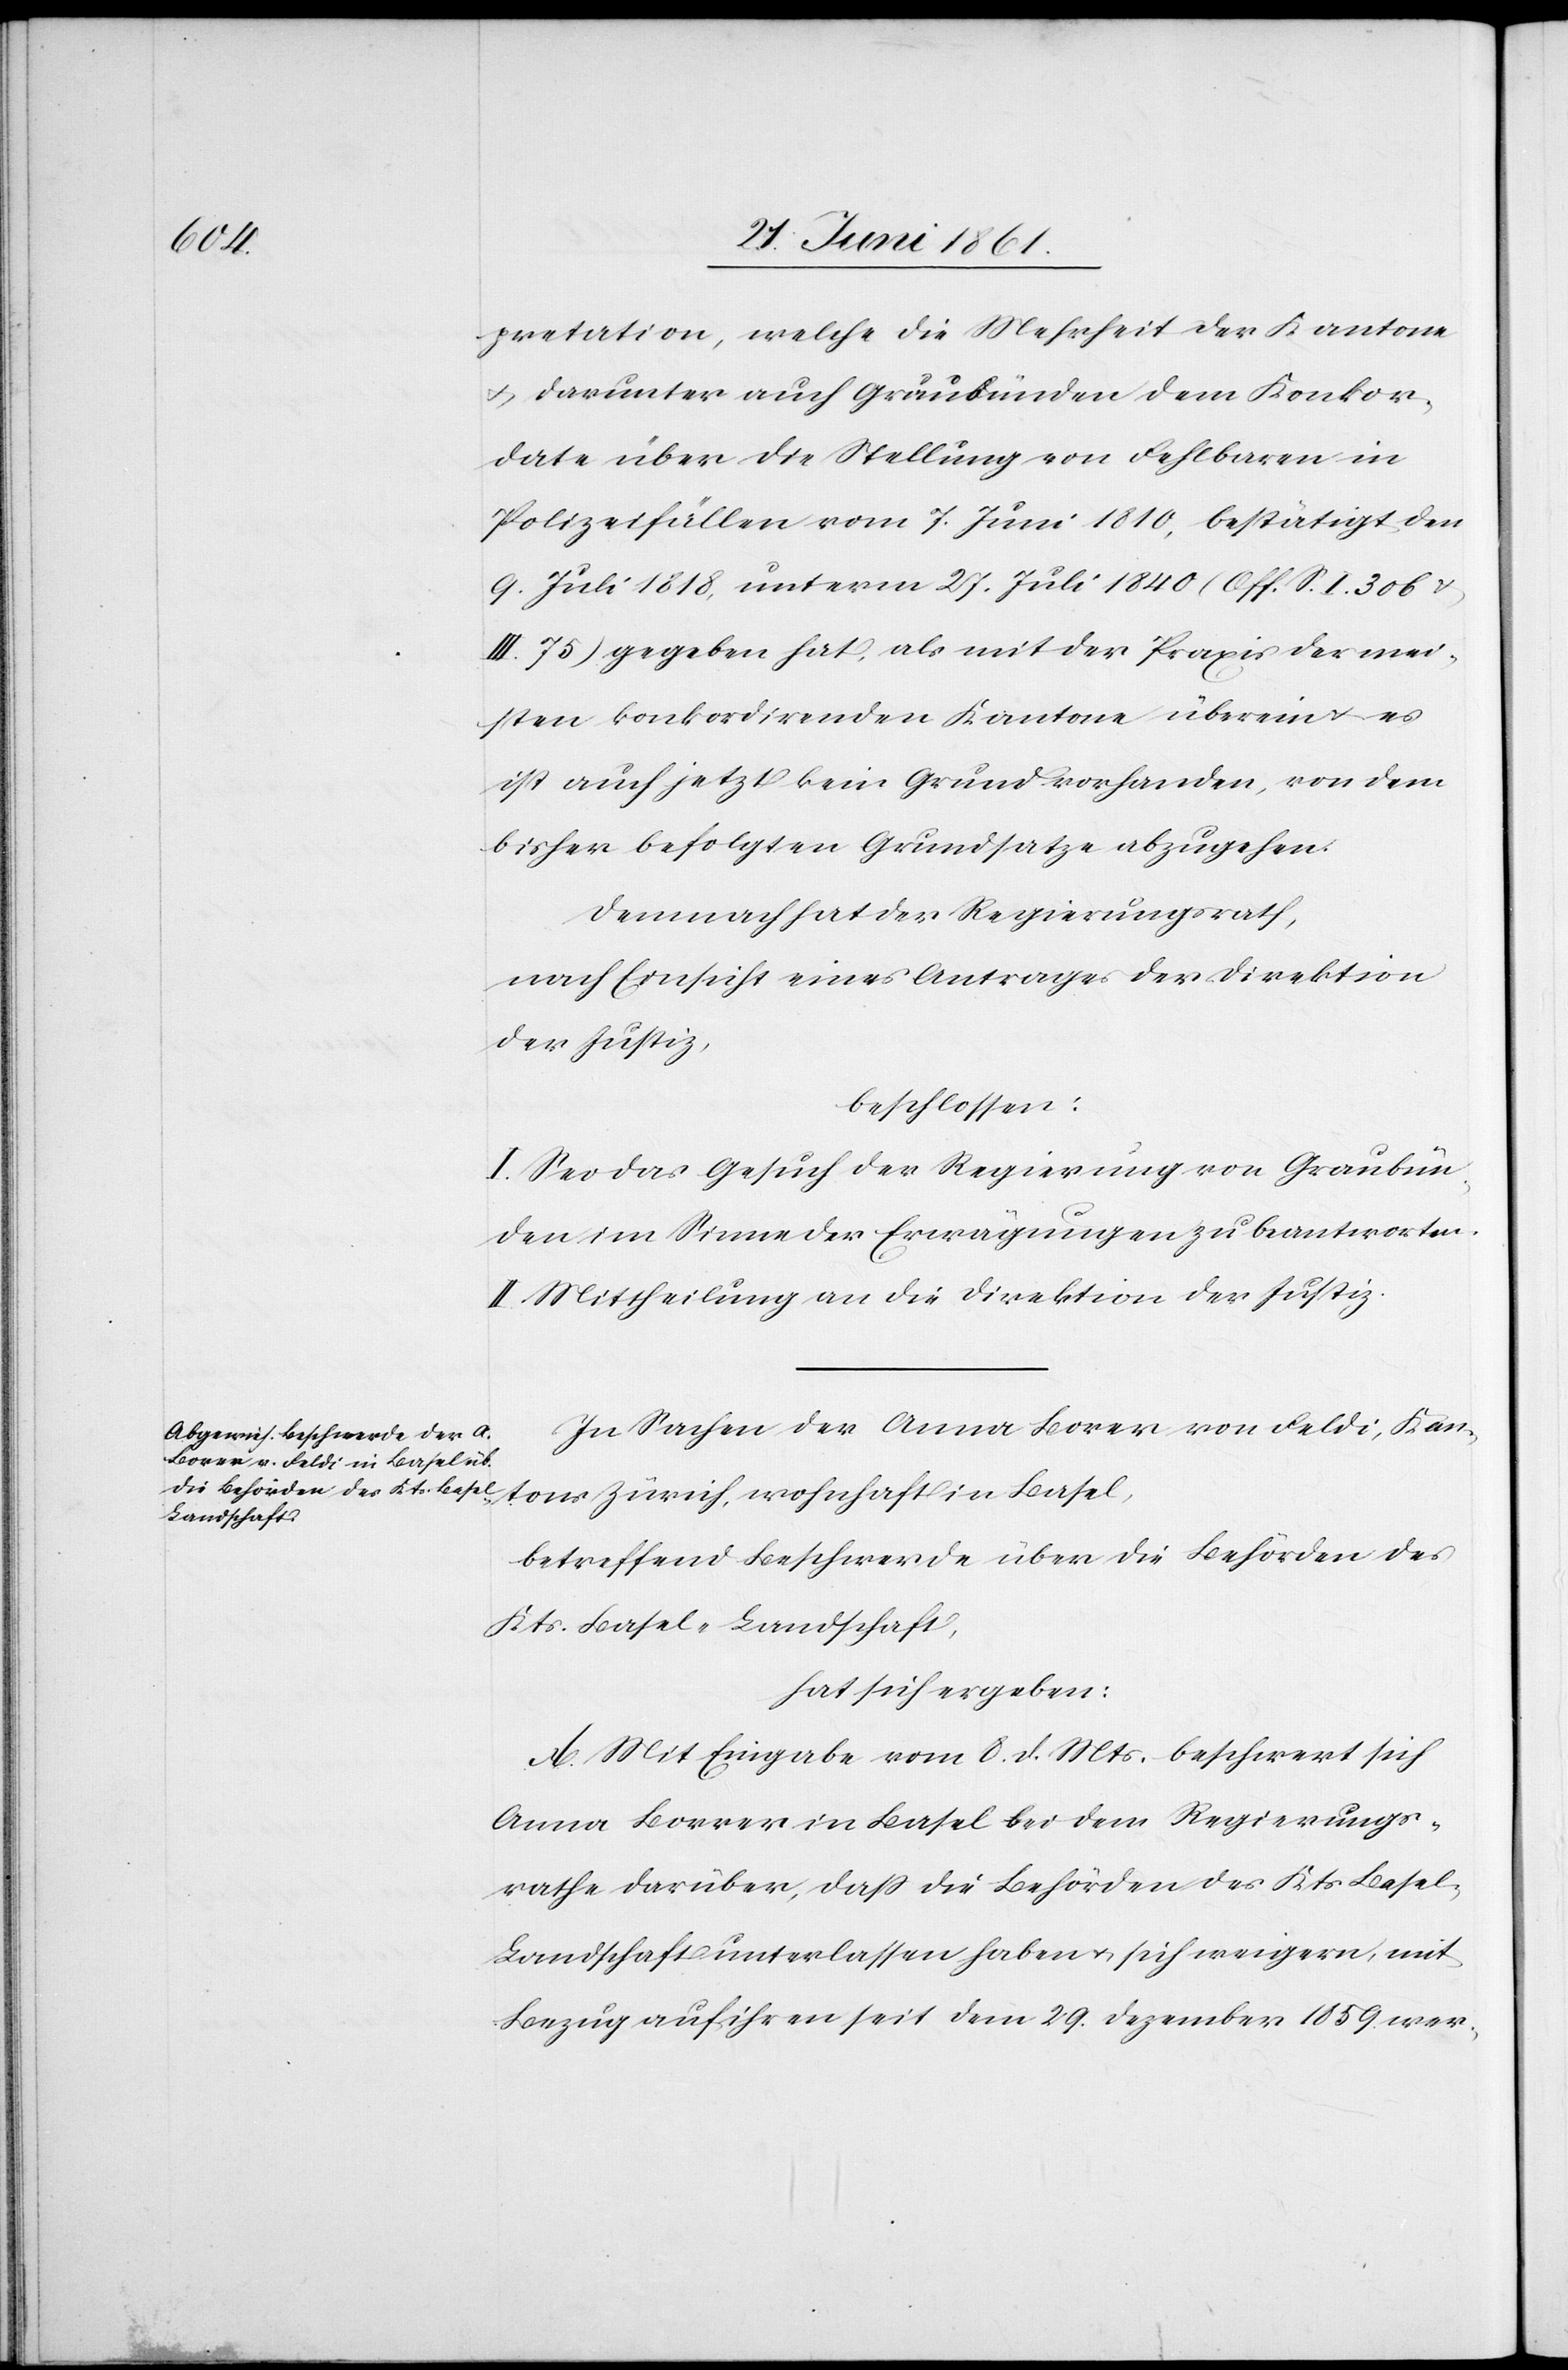
pretation, welche die Mehrheit der Kantone
u. darunter auch Graubünden dem Konkor¬
date über die Stellung von Fehlbaren in
Polizeifällen vom 7. Juni 1810, bestätigt den
9. Juli 1818, unterm 27. Juli 1840 (Off. S. I. 306 u.
II. 75) gegeben hat, als mit der Praxis der mei¬
sten konkordirenden Kantone überein u. es
ist auch jetzt kein Grund vorhanden, von dem
bisher befolgten Grundsatze abzugehen.
Demnach hat der Regierungsrath,
nach Einsicht eines Antrages der Direktion
der Justiz,
beschlossen:
I. Es sei das Gesuch der Regierung von Graubün¬
den im Sinne der Erwägungen zu beantworten.
II. Mittheilung an die Direktion der Justiz.
In Sachen der Anna Borer von Feldi, Kan¬
tons Zürich, wohnhaft in Basel,
betreffend Beschwerde über die Behörden des
Kts. Basel-Landschaft,
hat sich ergeben:
A. Mit Eingabe vom 8. d. Mts. beschwert sich
Anna Borrer [sic!] in Basel bei dem Regierungs¬
rathe darüber, dass die Behörden des Kts. Basel-L¬
andschaft unterlassen haben u. sich weigern, mit
Bezug auf ihren seit dem 29. Dezember 1859 ver-